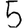
Digit: 5